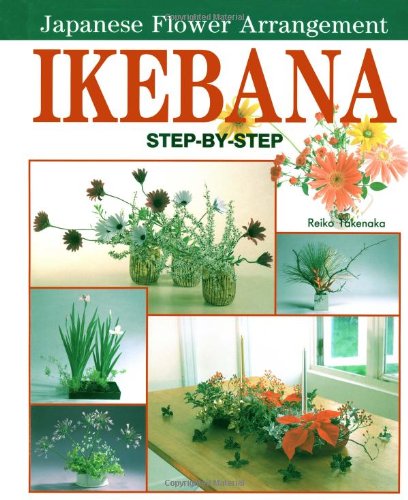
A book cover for Ikebana: Japanese Flower Arrangement; Reiko Takenaka; Crafts, Hobbies & Home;